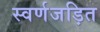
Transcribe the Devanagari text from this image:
स्वर्णजड़ित